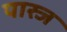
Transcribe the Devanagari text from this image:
पास्ज